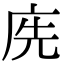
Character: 𢈇